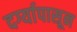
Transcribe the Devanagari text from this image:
दर्ग्यापासून